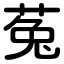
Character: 菟